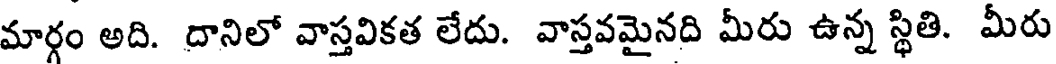
మార్గం అది. దానిలో వాస్తవికత లేదు. వాస్తవమైనది మీరు ఉన్న స్థితి. మీరు